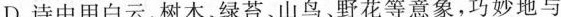
D.诗中用白云树木绿苔、山鸟野花等意象，巧妙地与